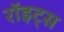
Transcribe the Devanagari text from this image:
रॉइट्स